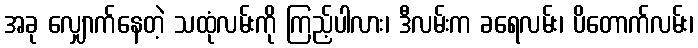
အခု လျှောက်နေတဲ့ သထုံလမ်းကို ကြည့်ပါလား၊ ဒီလမ်းက ခရေလမ်း၊ ပိတောက်လမ်း၊